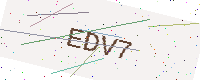
Text: EDV7